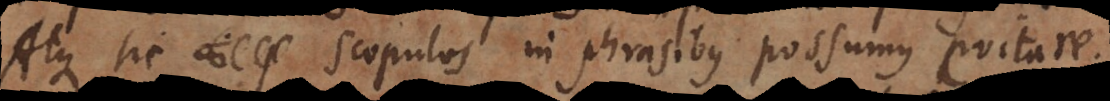
Atque sic scopulos in phrasibus possumus evitare.